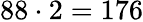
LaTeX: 88\cdot 2=176